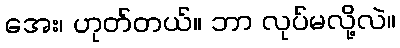
အေး၊ ဟုတ်တယ်။ ဘာ လုပ်မလို့လဲ။